Report on the working of the Ranchi Indian Mental Hospital, Kanke, in Bihar and Orissa - 1930-1940
Year: 1930
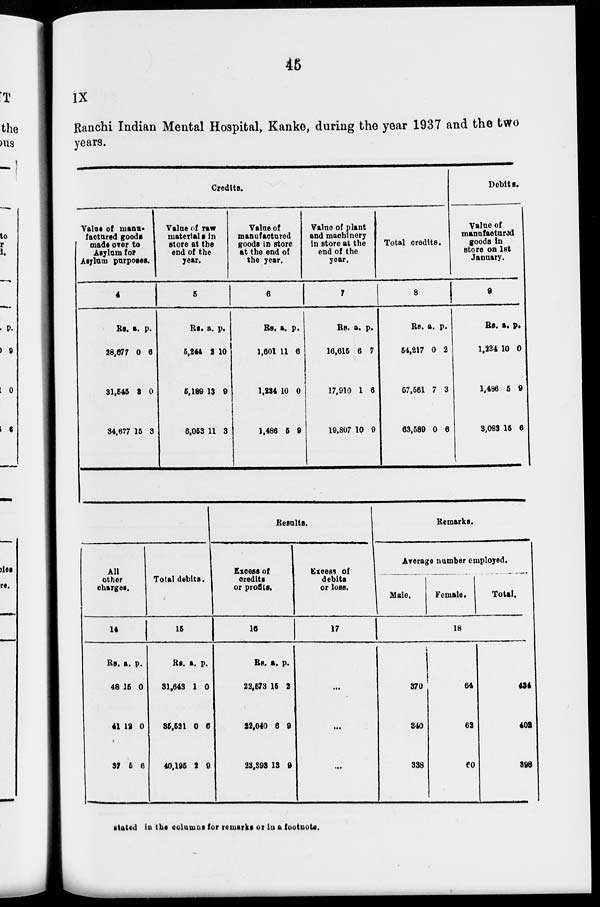
46
IX
Ranchi Indian Mental Hospital, Kanke, during the year 1937 and the two
years.
Credits.
Value of manu-
factured goods
made orer to
Asylum for
Asylum purposes.
4
Rs.
28,677
31,545
34,677
a.
0
3
15
p.
6
0
8
Value of raw
material a in
store at the
end of the
year.
5
Rs.
5,244
5,189
6,053
a.
2
13
11
p.
10
9
3
Value of
manufactured
goods in store
at the end of
the year.
6
Rs.
1,601
1,234
1,486
a.
11
10
5
p.
6
0
9
Value of plant
and machinery
in store at the
end of the
year.
7
Rs.
16,615
17,910
19,807
a.
6
1
10
p.
7
6
9
Total credits.
8
Rs.
54,217
57,561
63,589
a.
0
7
0
p.
2
3
6
Debits.
Value of
manufactured
goods in
store on let
January.
9
Rs.
1,234
1,486
3,083
a.
10
5
15
p.
0
9
6
All
other
charges.
14
Rs.
48
41
37
a.
15
12
5
p.
0
0
6
Total debits.
15
Rs.
31,643
35,521
40,195
a.
1
0
2
p.
0
6
9
Results.
Excess of
credits
or profits.
16
Rs.
22,573
22,040
23,393
a.
15
6
13
p.
2
9
9
Excess of
debits
or loss.
17
...
...
...
Remarks.
Average number employed.
Male.
Female.
Total.
18
370
340
338
64
62
60
434
402
398
stated in the columns for remarks or in a footnote.